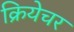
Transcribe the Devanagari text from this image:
क्रियेचर